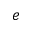
e